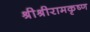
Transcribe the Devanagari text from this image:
श्रीश्रीरामकृष्ण